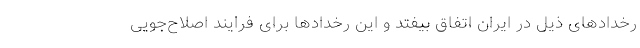
رخدادهای ذیل در ایران اتفاق بیفتد و این رخدادها برای فرایند اصلاح‌جویی